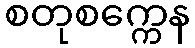
စတုစက္ကေန